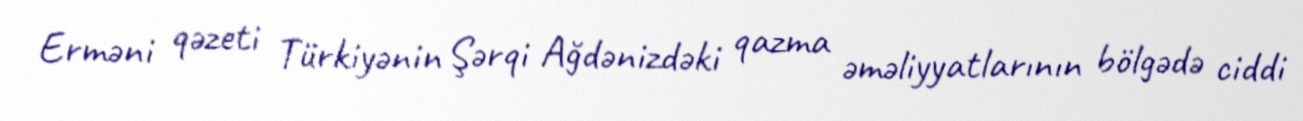
Erməni qəzeti Türkiyənin Şərqi Ağdənizdəki qazma əməliyyatlarının bölgədə ciddi